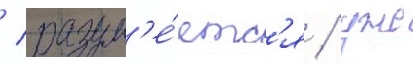
/ разум'е́етс'я / уже